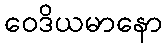
ဝေဒိယမာနော